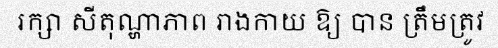
រក្សា សីតុណ្ហាភាព រាងកាយ ឱ្យ បាន ត្រឹមត្រូវ